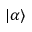
| { \alpha } \rangle